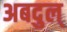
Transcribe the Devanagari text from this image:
अबदुल्